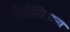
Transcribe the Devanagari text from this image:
सीमैन्टिक्स